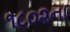
૧૮૦૨ના